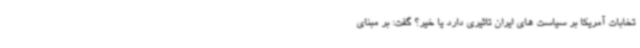
تخابات آمریکا بر سیاست های ایران تاثیری دارد یا خیر؟ گفت: بر مبنای